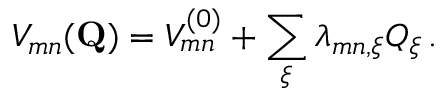
V _ { m n } ( \mathbf { Q } ) = V _ { m n } ^ { ( 0 ) } + \sum _ { \xi } \lambda _ { m n , \xi } Q _ { \xi } \, .